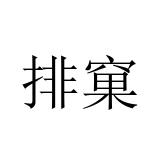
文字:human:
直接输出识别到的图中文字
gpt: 排窠